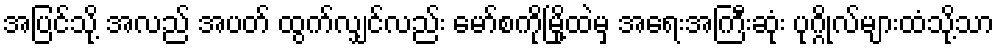
အပြင်သို့ အလည် အပတ် ထွက်လျှင်လည်း မော်စကိုမြို့ထဲမှ အရေးအကြီးဆုံး ပုဂ္ဂိုလ်များထံသို့သာ